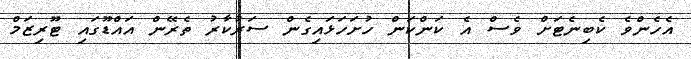
އެހެންވެ ކެބިނެޓަށް ވެސް އެ ކަންކަން ހުށަހަޅައިގެން ސަރުކާރު ތެރޭން އައްޑޫގައި ޓޫރިޒަމް